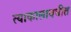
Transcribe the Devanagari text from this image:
त्याकालावधीत